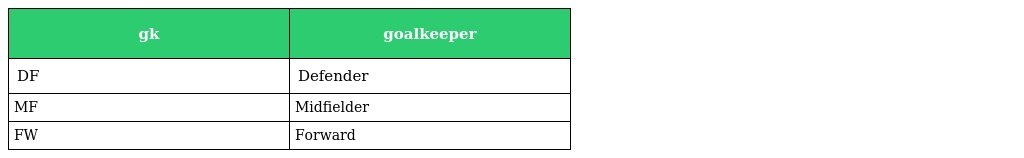
| gk | goalkeeper |
 | --- | --- |
 | DF | Defender |
 | MF | Midfielder |
 | FW | Forward |